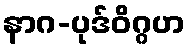
နာဂ-ပုဒ်ဝိဂ္ဂဟ